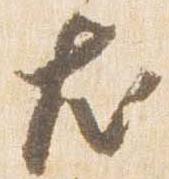
尤